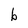
Character: b